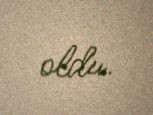
oldu.